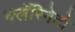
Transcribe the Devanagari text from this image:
क्लॅरिनेटो